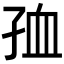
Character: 𡥠